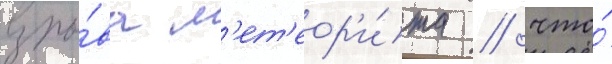
взры́ва м'ет'еор'и́та / что́